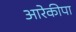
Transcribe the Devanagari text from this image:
आरेकीपा